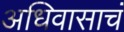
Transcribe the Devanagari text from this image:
अधिवासाचं